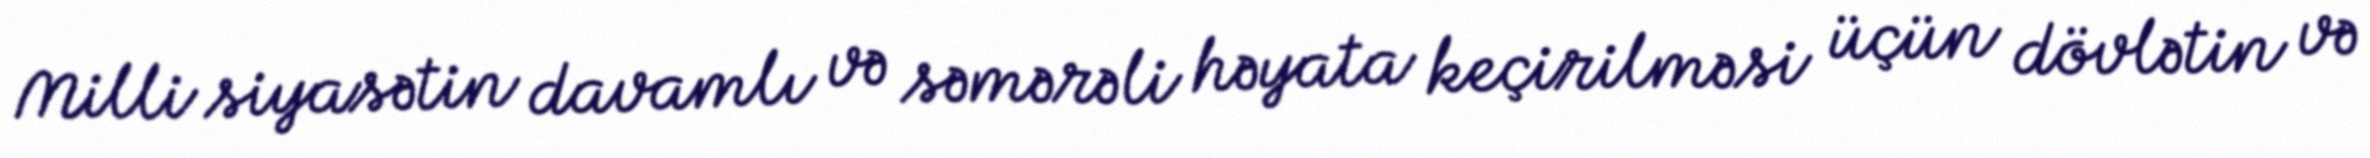
Milli siyasətin davamlı və səmərəli həyata keçirilməsi üçün dövlətin və